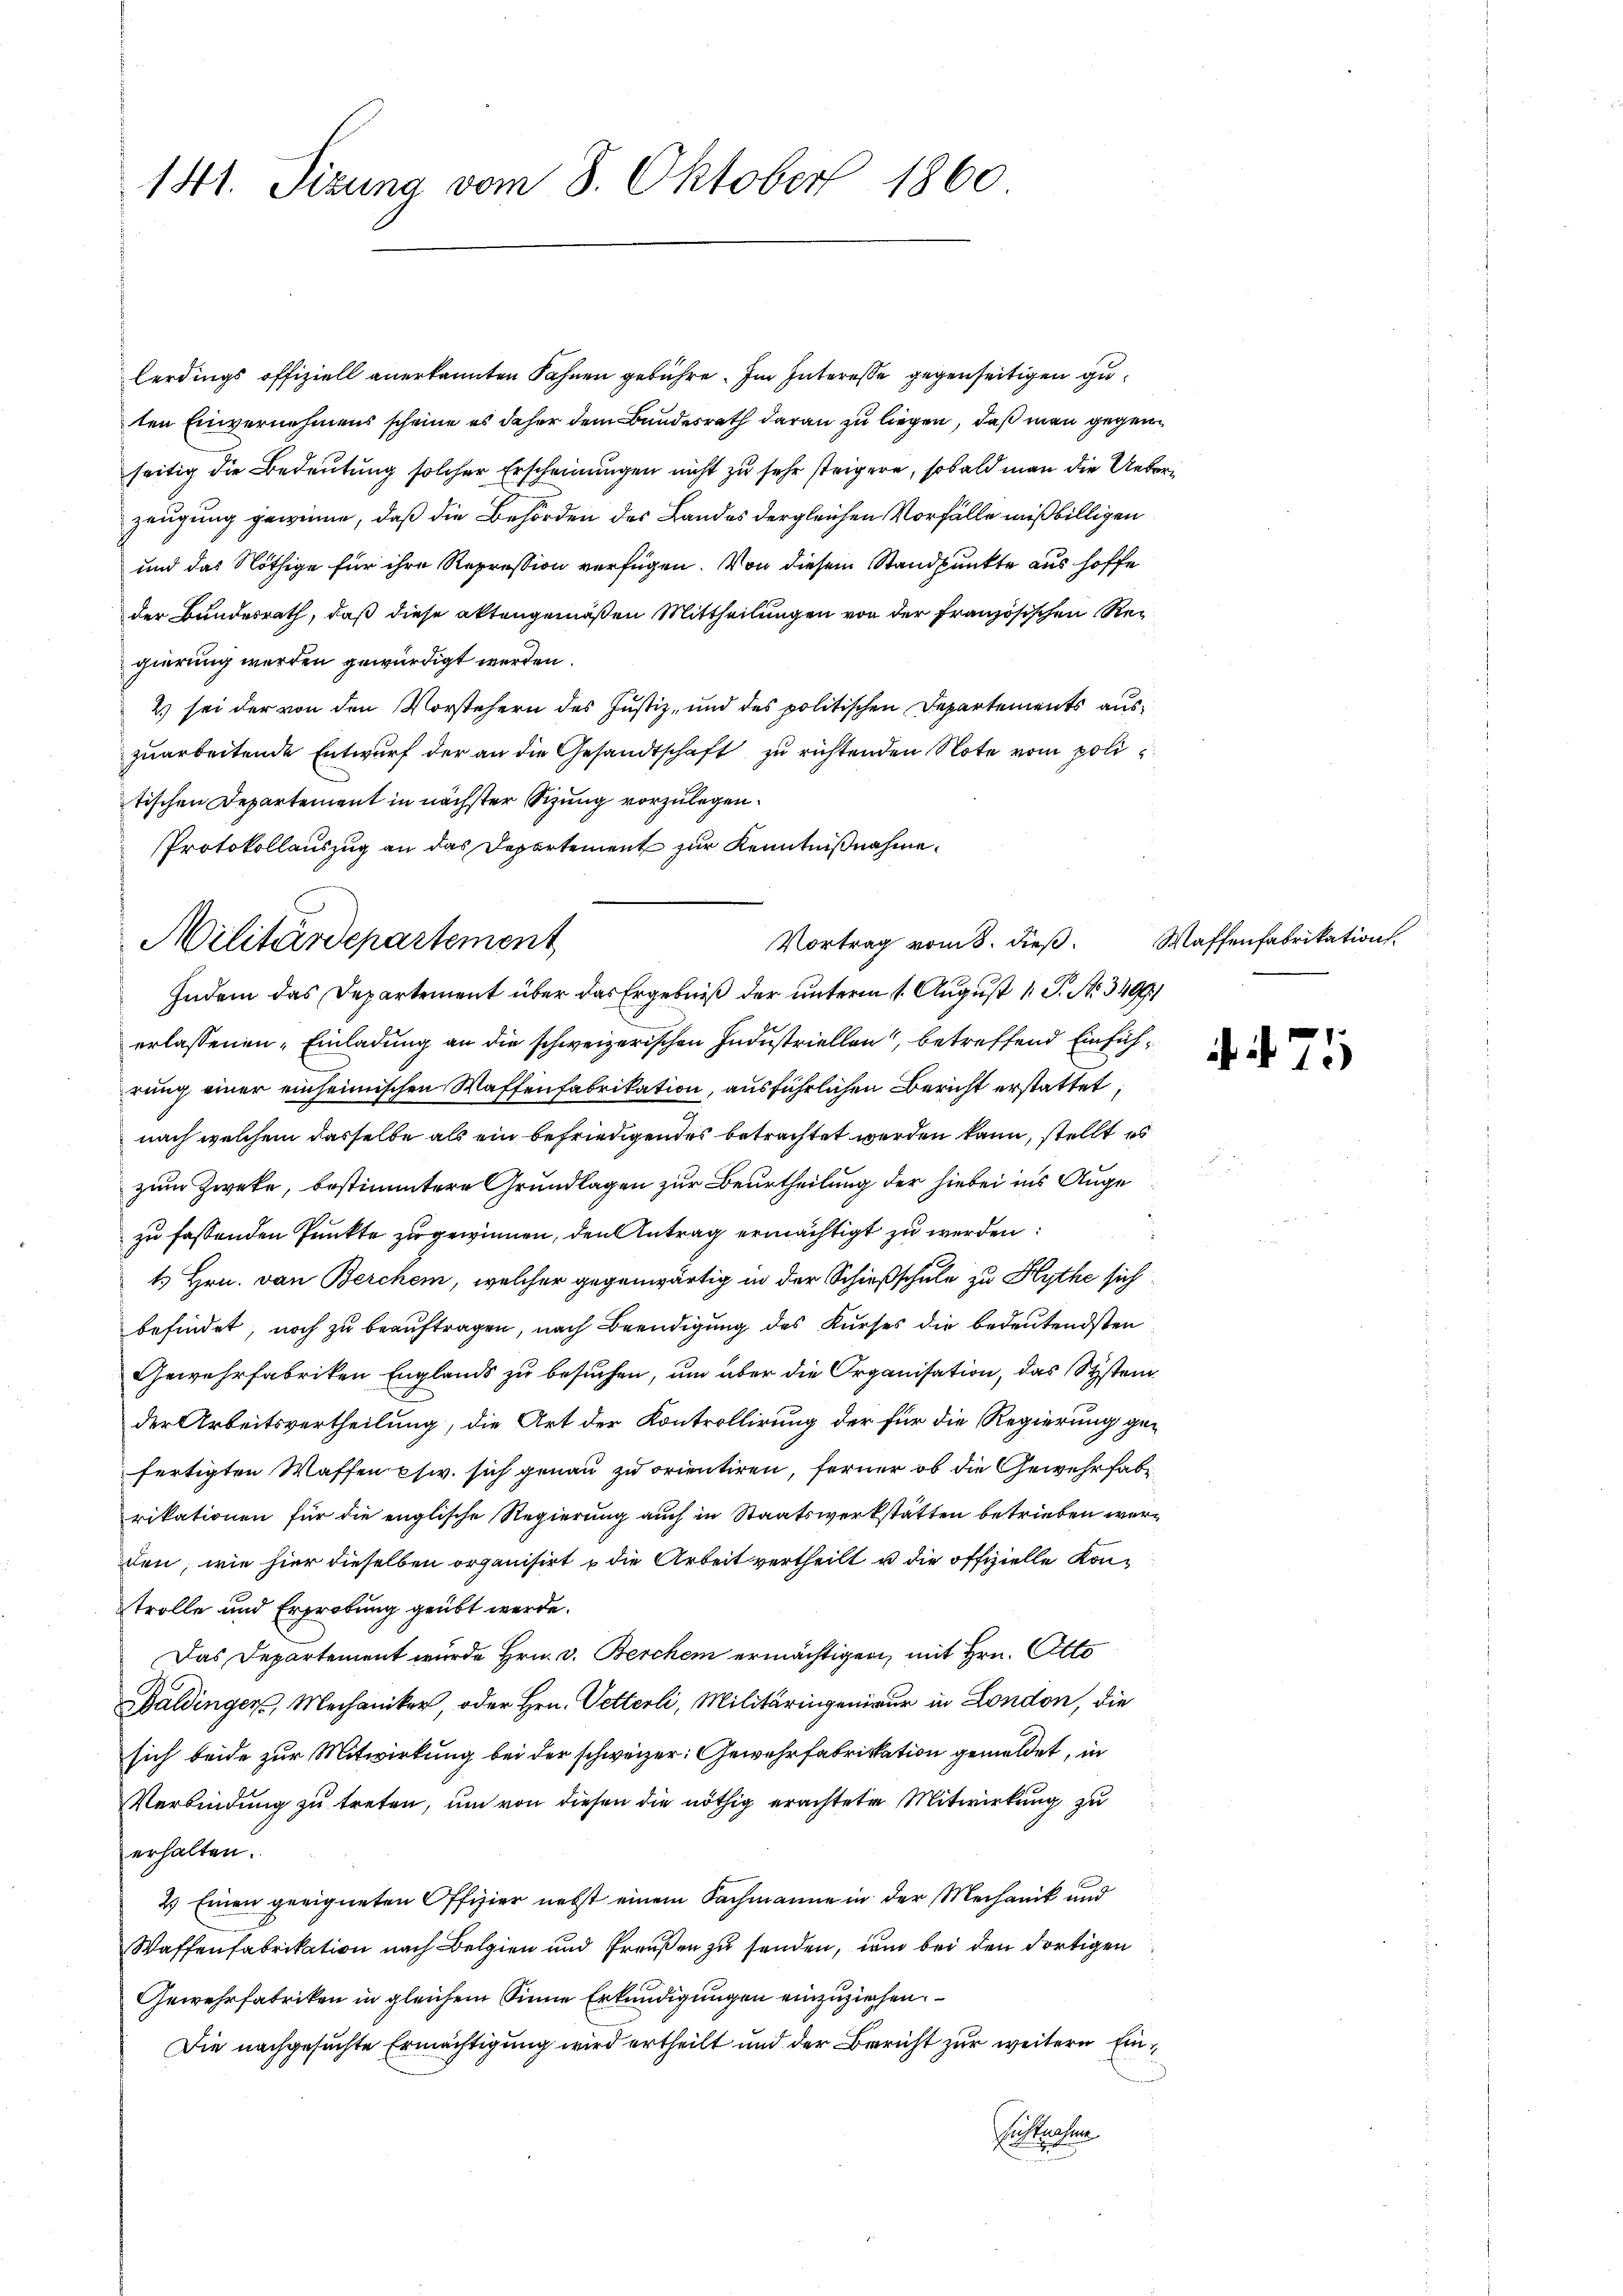
141. Sizung vom 8. Oktober 1860

lerdings offiziell anerkannten Fahnen gebühre. Im Interesse gegenseitigen guten Einvernehmens scheine es daher dem Bundesrath daran zu liegen, daß man gegenseitig die Bedeutung solcher Erscheinungen nicht zu sehr steigere, sobald man die Ueberzeugung gewinne, daß die Behörden des Landes dergleichen Vorfälle mißbilligen
und das Nöthige für ihre Repression verfügen. Von diesem Standpunkte aus hoffe
der Bundesrath, daß diese aktengemäßen Mittheilungen von der französischen Regierung werden gewürdigt werden.
2) sei der von den Vorstehern des Justiz, und des politischen Departements auszuarbeitende Entwurf der an die Gesandtschaft zu richtenden Note vom politischen Departement in nächster Sitzung vorzulegen.
Protokollauszug an das Departement zur Kenntnißnahme.
Indem das Departement über das Ergebniß der unterm 1. August 1 P. Nr. 3409/
erlassenen Einladung an die schweizerischen Industriellen, betreffend Einführung einer einheimischen Waffenfabrikation, ausführlichen Bericht erstattet,
nach welchem dasselbe als ein befriedigendes betrachtet werden kann, stellt es
zum Zweke, bestimmtere Grundlagen zur Beurtheilung der hiebei ins Auge
zu fassenden Punkte zu gewinnen, den Antrag ermächtigt zu werden:
t Hrn. von Berchen, welcher gegenwärtig in der Schießschule zu Hythe sich
befindet, noch zu beauftragen, nach Beendigung des Kurses die bedeutendsten
Gewehrfabriken Englands zu besuchen, um über die Organisation, das System
der Arbeitsvertheilung, die Art der Kontrollirung der für die Regierung gefertigten Waffen civ. sich genau zu orientiren, ferner ob die Gewehr habe
rikationen für die englische Regierung auch in Staatswerkstätten betrieben werden, wie hier dieselben organisirt u die Arbeit vertheilt u die offizielle Kontrolle und Erprotung geübt werde.
Das Departement wurde Hrn. v. Berchen ermächtigen, mit Hrn. Otto
Baldinger, Mechaniker, oder Hrn. Vetterli, Militäringenieur in London, die
sich beide zur Mitwirkung bei der schweizer: Gewehrfabrikation gemeldet, in
Verbindung zu treten, um von diesen die nöthig erachtete Mitwirkung zu
erhalten.
2.) Einen geeigneten Offizier nebst einem Sachmanne in der Mechanik und
Waffenfabrikation nach Belgien und Preußen zu senden, um bei den dortigen
Gewehrfabriken in gleichem Sinne Erkundigungen einzuziehen.
Die nachgesuchte Ermächtigung wird ertheilt und der Bericht zur weitere Ein¬
Distraten

Vortrag vom 8. dieß.
Militärdepartement

Maffenfabrikation.

. 471